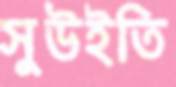
সুউইতি